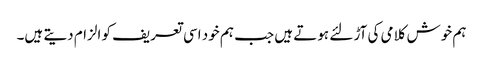
ہم خوش کلامی کی آڑ لئے ہوتے ہیں جب ہم خود اسی تعریف کو الزام دیتے ہیں۔